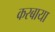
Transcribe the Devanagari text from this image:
करबाया